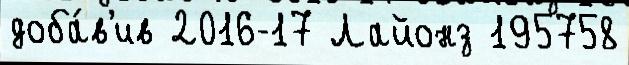
доба́в'ив 2016-17 Лайонз 195758